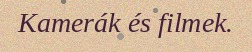
Kamerák és filmek.